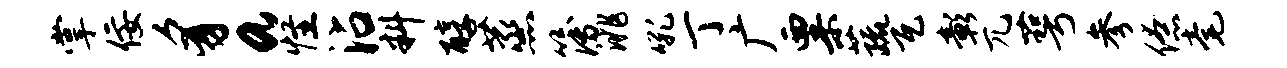
掌佞豸a怪沾料醇蒸簿洮吼丁广粟蔬瓦彰兀萼参僚毫